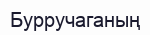
Бурручаганың